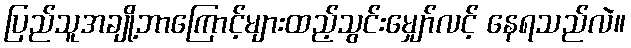
ပြည်သူအချို့ဘာကြောင့်များထည့်သွင်းမျှော်လင့် နေရသည်လဲ။